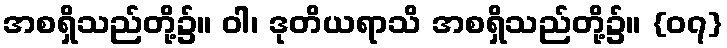
အစရှိသည်တို့၌။ ဝါ၊ ဒုတိယရာသိ အစရှိသည်တို့၌။ {၀၇}